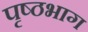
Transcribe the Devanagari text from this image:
पृष्‍ठभाग